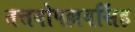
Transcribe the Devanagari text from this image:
तत्तवोपल्लवसिंह